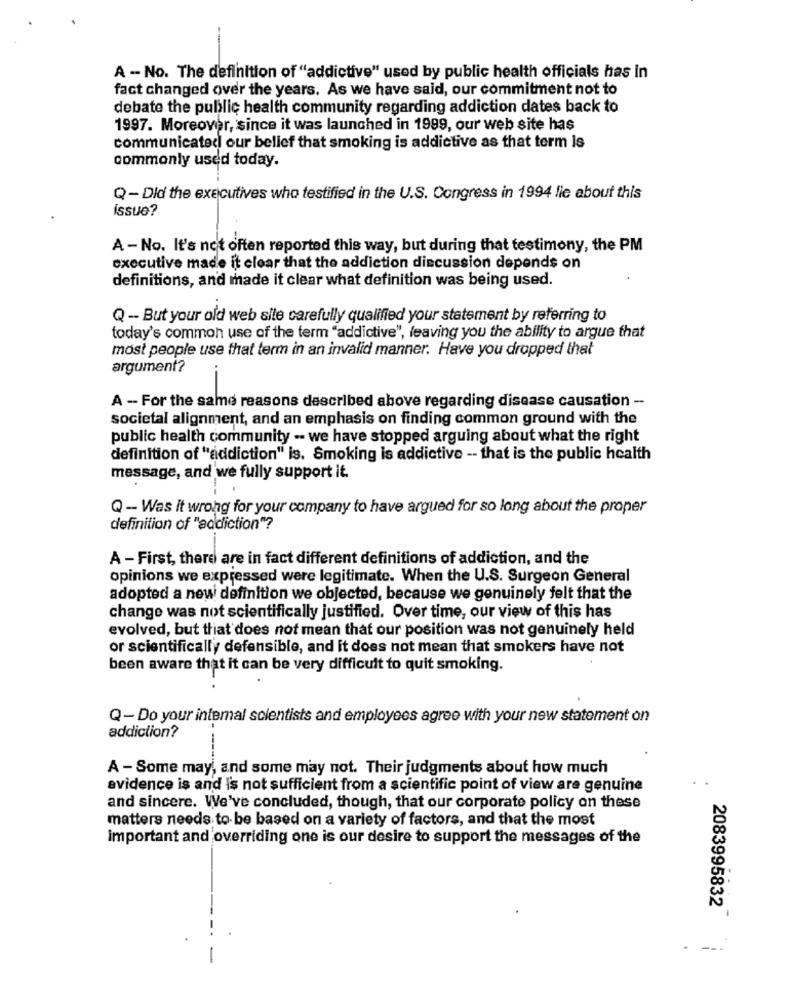
A - No. The definition of "addictive" used by public health officials has in
fact changed over the years. As we have said, our commitment not to
debate the public health community regarding addiction dates back to
1997. Moreover, since it was launched in 1999, our web site has
communicated our belief that smoking is addictive as that term Is
commonly used today.
Q-Did the executives who testified in the U.S. Congress in 1994 lie about this
issue?
A - No. It's not often reported this way, but during that testimony, the PM
executive made it clear that the addiction discussion depends on
definitions, and made it clear what definition was being used.
Q - But your old web site carefully qualified your statement by referring to
today's common use of the term "addictive", leaving you the ability to argue that
most people use that term in an invalid manner. Have you dropped that
argument?
A - For the same reasons described above regarding disease causation --
societal alignment, and an emphasis on finding common ground with the
public health community -- we have stopped arguing about what the right
definition of "addiction" is. Smoking is addictive -- that is the public health
message, and we fully support it.
Q - Was it wrong for your company to have argued for so long about the proper
definition of "addiction"?
A - First, there are in fact different definitions of addiction, and the
opinions we expressed were legitimate. When the U.S. Surgeon General
adopted a new definition we objected, because we genuinely felt that the
change was not scientifically justified. Over time, our view of this has
evolved, but that does not mean that our position was not genuinely held
or scientifically defensible, and it does not mean that smokers have not
been aware that it can be very difficult to quit smoking.
Q-Do your internal scientists and employees agree with your new statement on
addiction?
A - Some may, and some may not. Their judgments about how much
evidence is and is not sufficient from a scientific point of view are genuine
and sincere. We've concluded, though, that our corporate policy on these
matters needs to be based on a variety of factors, and that the most
important and overriding one is our desire to support the messages of the
2083995832
- --.